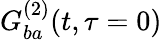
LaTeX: G_{ba}^{(2)}(t,\tau=0)